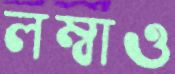
লম্বাও